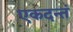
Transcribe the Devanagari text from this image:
एकदन्तं